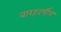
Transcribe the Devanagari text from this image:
बारहवर्षीय